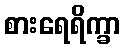
စားရေရိက္ခာ